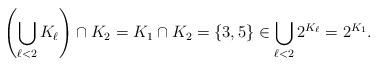
LaTeX: \begin{align*}\left(\bigcup_{\ell<2} K_{\ell }\right) \cap K_{2} = K_1 \cap K_2 = \{3, 5\} \in \bigcup_{\ell<2} 2^{K_{\ell}} = 2^{K_1}.\end{align*}